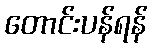
တောင်းပန်ရန်